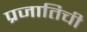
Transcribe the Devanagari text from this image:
प्रजातिची